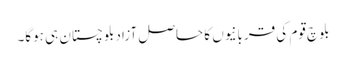
بلوچ قوم کی قربانیوں کا حاصل آزادبلوچستان ہی ہوگا۔